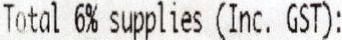
TOTAL 6% SUPPLIES (INC. GST):